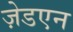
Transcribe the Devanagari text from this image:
ज़ेडएन